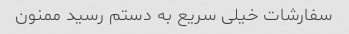
سفارشات خیلی سریع به دستم رسید ممنون